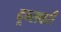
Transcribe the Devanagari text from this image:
दून्सबरी